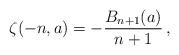
LaTeX: \begin{align*}\zeta(-n,a)=-\frac{B_{n+1}(a)}{n+1}\,,\end{align*}